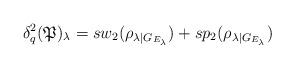
LaTeX: \begin{align*}\delta_q^2(\mathfrak{P})_{\lambda}=sw_2(\rho_{\lambda\mid G_{E_{\lambda}}})+ sp_2(\rho_{\lambda\mid G_{E_{\lambda}}}) \end{align*}